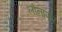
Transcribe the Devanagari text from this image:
लोनापार